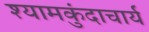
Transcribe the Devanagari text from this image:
श्यामकुंदाचार्य